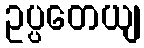
ဥပ္ပတေယျ